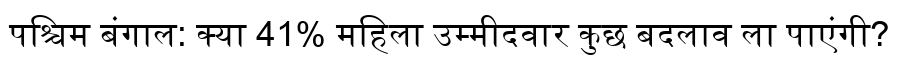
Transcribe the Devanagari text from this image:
पश्चिम बंगाल: क्या 41% महिला उम्मीदवार कुछ बदलाव ला पाएंगी?